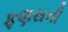
ફણસની